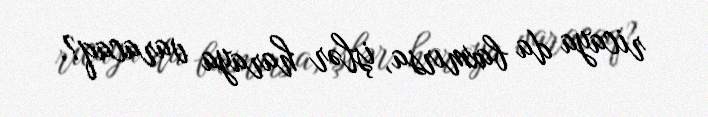
ricaya da baxmırsa, işlər haraya varacaq?.